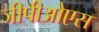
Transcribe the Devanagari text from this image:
जीपीओएस